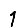
Digit: 1